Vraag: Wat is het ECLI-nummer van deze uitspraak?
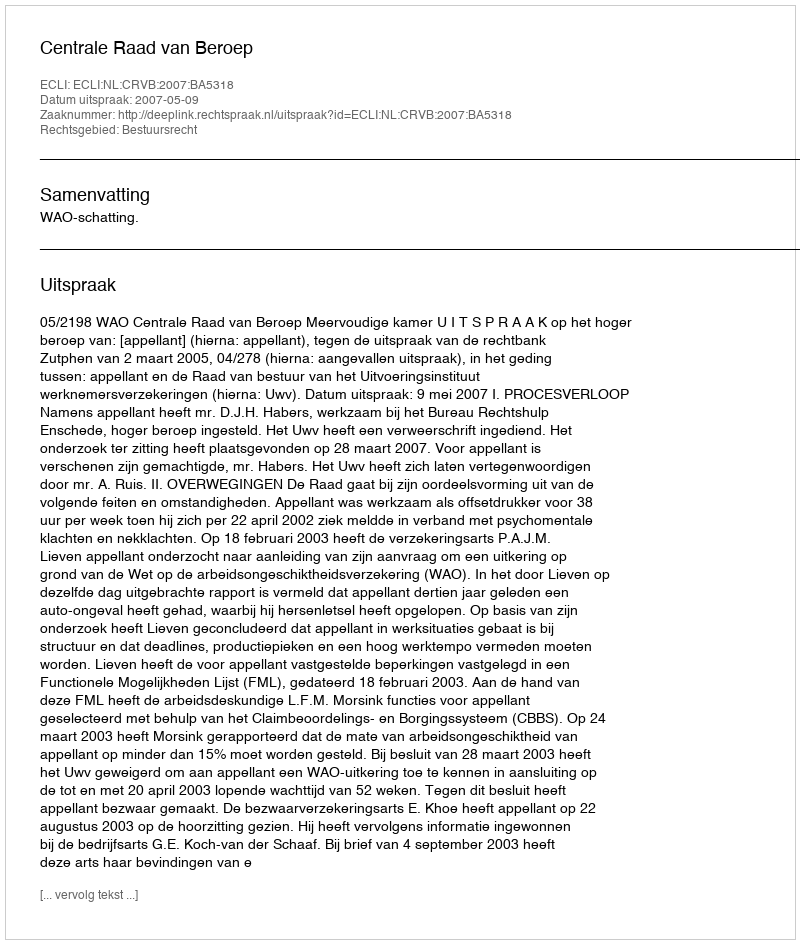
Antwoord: ECLI:NL:CRVB:2007:BA5318